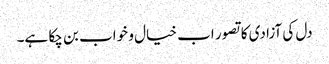
دل کی آزادی کا تصور اب خیال و خواب بن چکا ہے۔